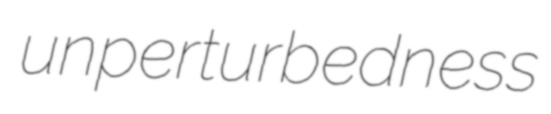
unperturbedness